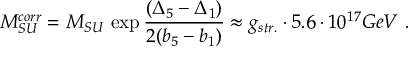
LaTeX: M _ { S U } ^ { c o r r } = M _ { S U } \, \exp \frac { ( { \Delta } _ { 5 } - { \Delta } _ { 1 } ) } { 2 ( b _ { 5 } - b _ { 1 } ) } \approx g _ { s t r . } \cdot 5 . 6 \cdot 1 0 ^ { 1 7 } G e V \ .